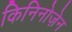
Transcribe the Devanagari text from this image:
किनिनोज़ेन